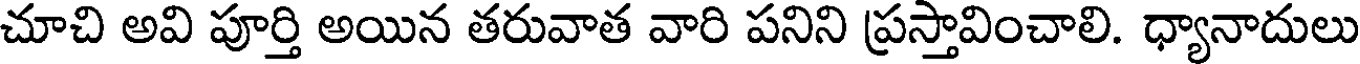
చూచి అవి పూర్తి అయిన తరువాత వారి పనిని ప్రస్తావించాలి. ధ్యానాదులు